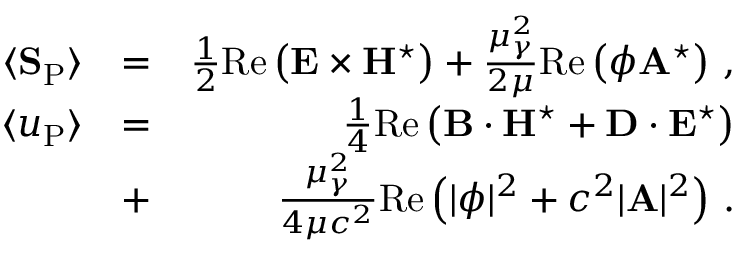
\begin{array} { r l r } { \langle { \bf S } _ { \mathrm { P } } \rangle } & { = } & { \frac { 1 } { 2 } \mathrm { R e } \left( { \bf E } \times { \bf H } ^ { \star } \right) + \frac { \mu _ { \gamma } ^ { 2 } } { 2 \mu } \mathrm { R e } \left( \phi { \bf A } ^ { \star } \right) \, , } \\ { \langle u _ { \mathrm { P } } \rangle } & { = } & { \frac { 1 } { 4 } \mathrm { R e } \left( { \bf B } \cdot { \bf H } ^ { \star } + { \bf D } \cdot { \bf E } ^ { \star } \right) } \\ & { + } & { \frac { \mu _ { \gamma } ^ { 2 } } { 4 \mu c ^ { 2 } } \mathrm { R e } \left( | \phi | ^ { 2 } + c ^ { 2 } | { \bf A } | ^ { 2 } \right) \, . } \end{array}